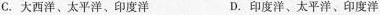
C.大西洋、太平洋、印度洋 D.印度洋、太平洋、印度洋